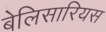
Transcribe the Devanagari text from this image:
बेलिसारियस